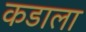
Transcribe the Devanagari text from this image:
कडाला